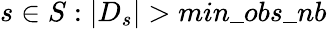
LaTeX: s\in S:|D_{s}|>min\_ obs\_ nb